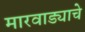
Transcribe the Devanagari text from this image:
मारवाड्याचे